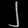
Digit: ၂